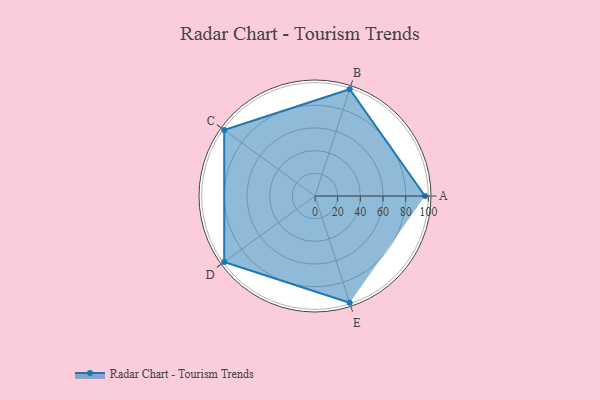
{"axis": {"x": "Skill", "y": "Score"}, "legend": ["Profile"], "data": [{"x": "A", "y": 97.0, "type": "Profile"}, {"x": "B", "y": 99, "type": "Profile"}, {"x": "C", "y": 99, "type": "Profile"}, {"x": "D", "y": 99, "type": "Profile"}, {"x": "E", "y": 99, "type": "Profile"}]}